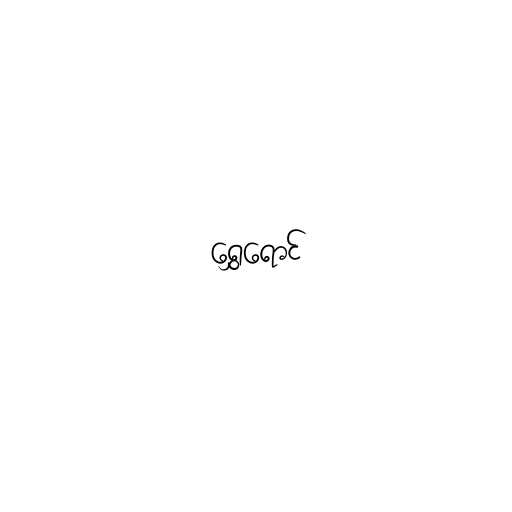
ရွှေရောင်